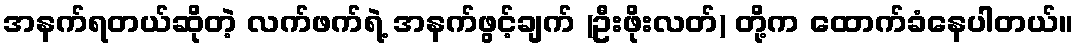
အနက်ရတယ်ဆိုတဲ့ လက်ဖက်ရဲ့ အနက်ဖွင့်ချက် (ဦးဖိုးလတ်) တို့က ထောက်ခံနေပါတယ်။